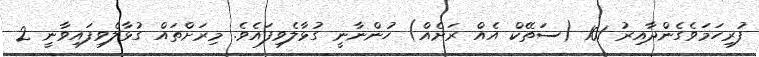
ފުރިހަމަވެގެންދާއިރު 101 (ސަތޭކް އެއް ރަށެއް) ހުންނާނީ ގުޅާލެވިފައެވެ. މިރަށްތައް ގުޅާލެވިފައިވާނީ 2